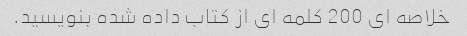
خلاصه ای 200 کلمه ای از کتاب داده شده بنویسید.